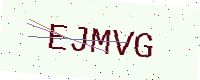
Text: EJMVG